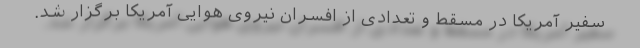
سفیر آمریکا در مسقط و تعدادی از افسران نیروی هوایی آمریکا برگزار شد.